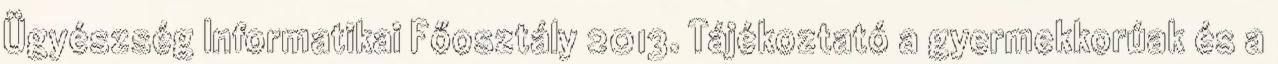
Ügyészség Informatikai Főosztály 2013. Tájékoztató a gyermekkorúak és a